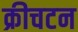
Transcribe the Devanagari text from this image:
क्रीचटन